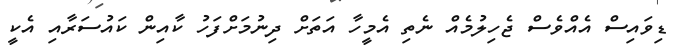
ޑިވައިސް އެއްވެސް ޖެހިލުމެއް ނެތި އެމީހާ އަތަށް ދިނުމަށްފަހު ކާއިން ކައުސަރާއި އެކީ